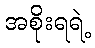
အစိုးရရဲ့